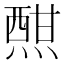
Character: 𤍰